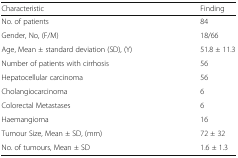
<table><thead><tr><td><b>Characteristic</b></td><td><b>Finding</b></td></tr></thead><tbody><tr><td>No. of patients</td><td>84</td></tr><tr><td>Gender, No, (F/M)</td><td>18/66</td></tr><tr><td>Age, Mean ± standard deviation (SD), (Y)</td><td>51.8 ± 11.3</td></tr><tr><td>Number of patients with cirrhosis</td><td>56</td></tr><tr><td>Hepatocellular carcinoma</td><td>56</td></tr><tr><td>Cholangiocarcinoma</td><td>6</td></tr><tr><td>Colorectal Metastases</td><td>6</td></tr><tr><td>Haemangioma</td><td>16</td></tr><tr><td>Tumour Size, Mean ± SD, (mm)</td><td>72 ± 32</td></tr><tr><td>No. of tumours, Mean ± SD</td><td>1.6 ± 1.3</td></tr></tbody></table>